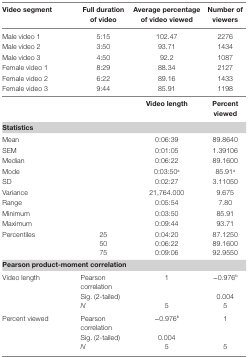
| Video segment | Full duration of video | Average percentage of video viewed | Number of viewers |
 | --- | --- | --- | --- |
 | Male video 1 | 5:15 | 102.47 | 2276 |
 | Male video 2 | 3:50 | 93.71 | 1434 |
 | Male video 3 | 4:50 | 92.2 | 1087 |
 | Female video 1 | 8:29 | 88.34 | 2127 |
 | Female video 2 | 6:22 | 89.16 | 1433 |
 | Female video 3 | 9:44 | 85.91 | 1198 |
 | <COLSPAN=2>  | Video length | Percent viewed |
 | <COLSPAN=4> Statistics |
 | <COLSPAN=2> Mean | 0:06:39 | 89.8640 |
 | <COLSPAN=2> SEM | 0:01:05 | 1.39106 |
 | <COLSPAN=2> Median | 0:06:22 | 89.1600 |
 | <COLSPAN=2> Mode | 0:03:50a | 85.91a |
 | <COLSPAN=2> SD | 0:02:27 | 3.11050 |
 | <COLSPAN=2> Variance | 21,764.000 | 9.675 |
 | <COLSPAN=2> Range | 0:05:54 | 7.80 |
 | <COLSPAN=2> Minimum | 0:03:50 | 85.91 |
 | <COLSPAN=2> Maximum | 0:09:44 | 93.71 |
 | <ROWSPAN=3> Percentiles | 25 | 0:04:20 | 87.1250 |
 | 50 | 0:06:22 | 89.1600 |
 | 75 | 0:09:06 | 92.9550 |
 | <COLSPAN=4> Pearson product-moment correlation |
 | <ROWSPAN=3> Video length | Pearson correlation | 1 | −0.976b |
 | Sig. (2-tailed) |  | 0.004 |
 | N | 5 | 5 |
 | <ROWSPAN=3> Percent viewed | Pearson correlation | −0.976b | 1 |
 | Sig. (2-tailed) | 0.004 |  |
 | N | 5 | 5 |